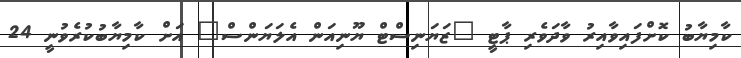
ކާމިޔާބު ކޮށްފައިވާއިރު ވާދަވެރި ޕާޓީ "ޒަޔަނިސްޓް ޔޫނިއަން އެލަޔަންސް" އަށް ކާމިޔާބުކުރެވުނީ 24